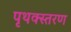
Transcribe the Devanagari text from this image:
पृथक्स्तरण